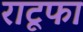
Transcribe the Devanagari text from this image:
राटूफा